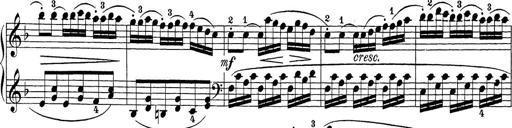
Title: Sonatina Album
Composer: Louis KÃ¶hler